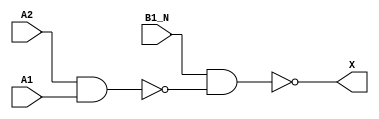
module sky130_fd_sc_lp__a21bo (
    X   ,
    A1  ,
    A2  ,
    B1_N
);

    // Module ports
    output X   ;
    input  A1  ;
    input  A2  ;
    input  B1_N;

    // Local signals
    wire nand0_out  ;
    wire nand1_out_X;

    //   Name   Output       Other arguments
    nand nand0 (nand0_out  , A2, A1         );
    nand nand1 (nand1_out_X, B1_N, nand0_out);
    buf  buf0  (X          , nand1_out_X    );

endmodule